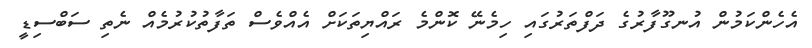
އެހެންކަމުން އުނގޫފާރުގެ ދަފްތަރުގައި ހިމެނޭ ކޮންމެ ރައްޔިތަކަށް އެއްވެސް ތަފާތުކުރުމެއް ނެތި ސަބްސިޑީ